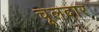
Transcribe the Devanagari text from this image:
चूलदार